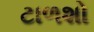
ટાળશો